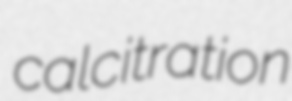
calcitration